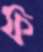
ফ